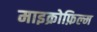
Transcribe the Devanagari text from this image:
माइक्रोफ़िल्म